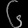
Digit: ၆